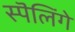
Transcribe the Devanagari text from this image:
स्पॆलिंगे